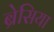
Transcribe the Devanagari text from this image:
ब्रेसिया